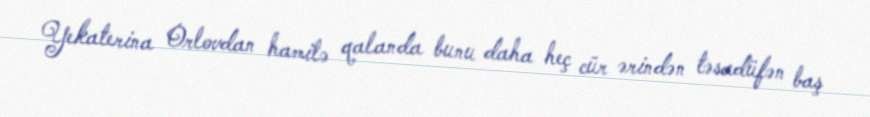
Yekaterina Orlovdan hamilə qalanda bunu daha heç cür ərindən təsadüfən baş